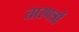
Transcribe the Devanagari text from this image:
तारपत्रों